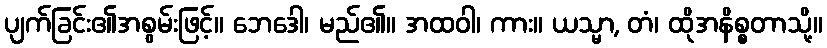
ပျက်ခြင်း၏အစွမ်းဖြင့်။ ဘေဒေါ၊ မည်၏။ အထဝါ၊ ကား။ ယသ္မာ, တံ၊ ထိုအနိစ္စတာသို့။